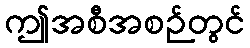
ဤအစီအစဉ်တွင်